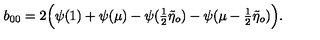
b _ { 0 0 } = 2 \Bigl ( \psi ( 1 ) + \psi ( \mu ) - \psi ( { \textstyle { \frac { 1 } { 2 } } } \tilde { \eta } _ { o } ) - \psi ( \mu - { \textstyle { \frac { 1 } { 2 } } } \tilde { \eta } _ { o } ) \Bigl ) .